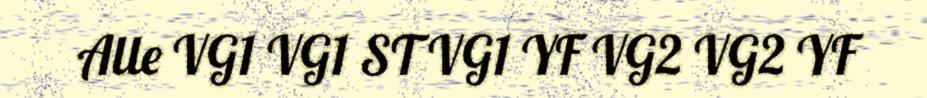
Alle VG1 VG1 ST VG1 YF VG2 VG2 YF